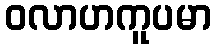
ဝလာဟကူပမာ